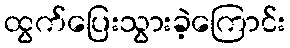
ထွက်ပြေးသွားခဲ့ကြောင်း